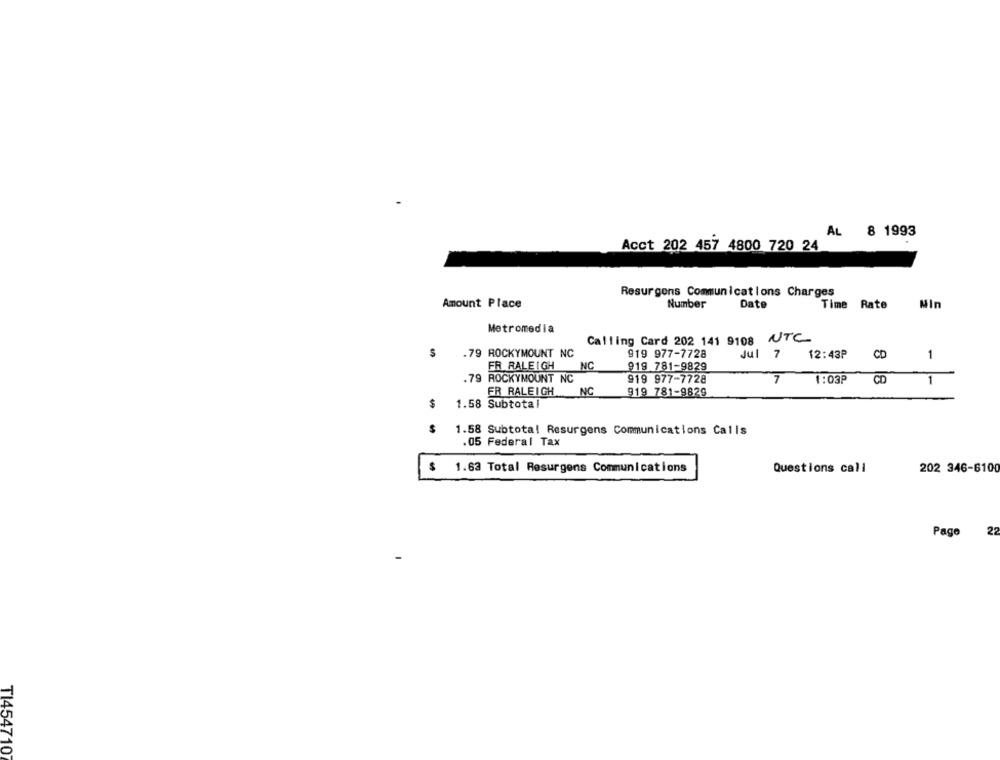
AL 8 1993
Acct 202 457 4800 720 24
Resurgons Communications Charges
Amount Place
Number
Date
Time Rate
MIn
Metromedia
Calling Card 202 141 9108 UTC
.79 ROCKYMOUNT NC
919 977-7728
Jul
12:43P
CD
1
FR RALEIGH NC
919 781-9829
.79 ROCKYMOUNT NC
919 977-7728
7
1:03P
CD
1
FR RALEIGH
NC
919 781-9829
$
1.58 Subtotal
S
1.58 Subtotal Resurgens Communications Calls
.05 Federal Tax
1.63 Total Resurgens Communications
Questions call
202 346-6100
Page
22
TI454710